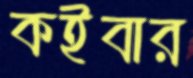
কইবার